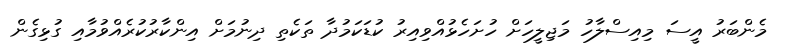
މެންބަރު އީސަ މިއިސްލާހު މަޖިލީހަށް ހުށަހެޅުއްވިއިރު ކުޑަކަމުދާ ތަކެތި ދިނުމަށް އިންކާރުކުރެއްވުމާއި ގުޅިގެން